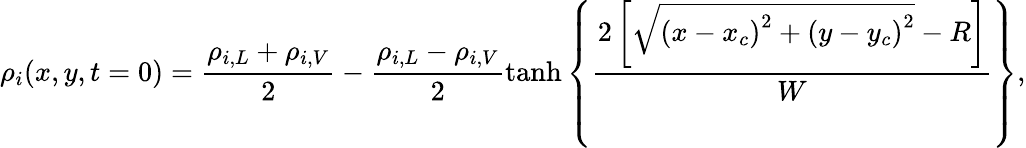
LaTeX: \rho_{i}(x,y,t=0)=\frac{\rho_{i,L}+\rho_{i,V}}{2}-\frac{\rho_{i,L}-\rho_{i,V}}{2}\operatorname{tanh}{\left\{ \frac{2\left[\sqrt{\left(x-x_{c}\right)^{2}+\left(y-y_{c}\right)^{2}}-R\right]}{W}\right\} },